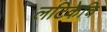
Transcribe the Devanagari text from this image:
लटिकेचि